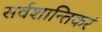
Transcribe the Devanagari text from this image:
सर्वशान्तिकरं